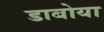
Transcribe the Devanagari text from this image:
डाबोया